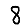
Digit: 8